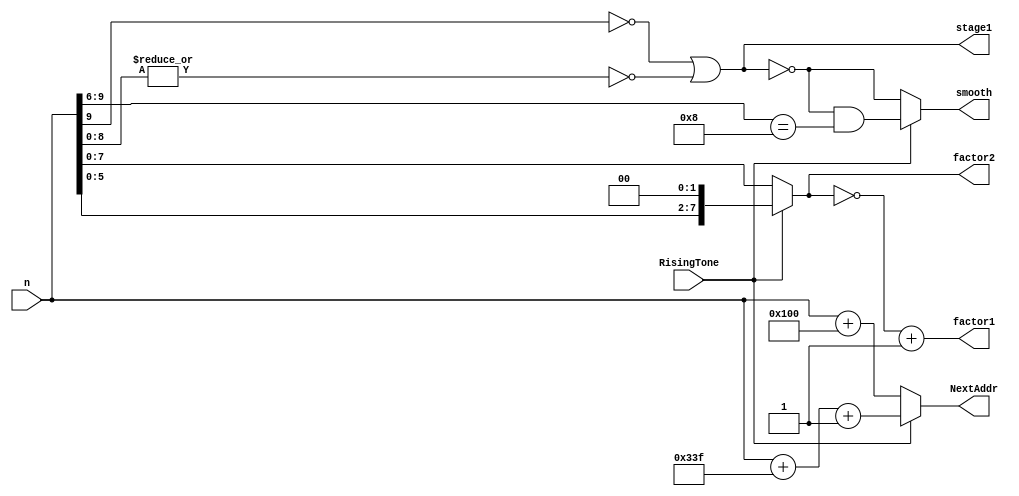
module signalGenerate(RisingTone,n,factor1,factor2,stage1,smooth,NextAddr);
input RisingTone;
input[9:0] n;
output[7:0] factor2,factor1;
output stage1;
output smooth;
output[9:0] NextAddr;

assign stage1 = ~n[9]||(~|n[8:0]) ;
assign smooth = RisingTone?(~stage1)&&(n[9:6]==8):~stage1;
assign factor2 = RisingTone?{n[5:0],2'b00}:n[7:0];
assign factor1 = ~factor2+1;
assign NextAddr = RisingTone?(n+(~192)+1):(n+256);

endmodule